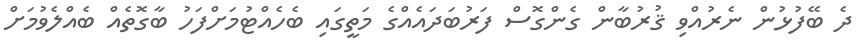
ދެ ބޭފުޅުން ނެރުއްވި ޤުރުބާން ގެންގޮސް ފަރުބަދައެއްގެ މަތީގައި ބެހެއްޓުމަށްފަހު ބާގޮތެއް ބެއްލެވުމަށް